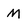
Character: M